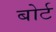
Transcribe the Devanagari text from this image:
बोर्ट